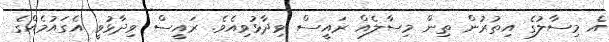
އެ މިސާލުގެ އިތުރުން ތިން މިސާލެއް ރައީސް ވިދާޅުވިއެވެ. ރައީސް ވިދާޅުވީ އެގައުމެއްގެ